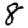
Digit: 8